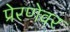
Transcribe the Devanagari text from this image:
प्रेरणेवर